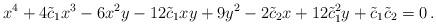
LaTeX: \begin{align*}x^4 +4\tilde{c}_1x^3 -6x^2y -12\tilde{c}_1xy +9y^2 -2\tilde{c}_2x +12\tilde{c}_1^2y +\tilde{c}_1\tilde{c}_2 =0\,.\end{align*}